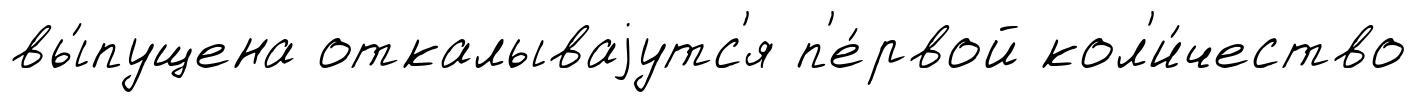
вы́пущена откалываjутс'я п'е́рвой кол'и́чество